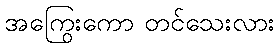
အကြွေးကော တင်သေးလား